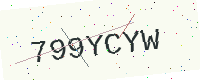
Text: 799YCYW